Vaccination in the Punjab 1905-1918 - 1905-1918
Year: 1905
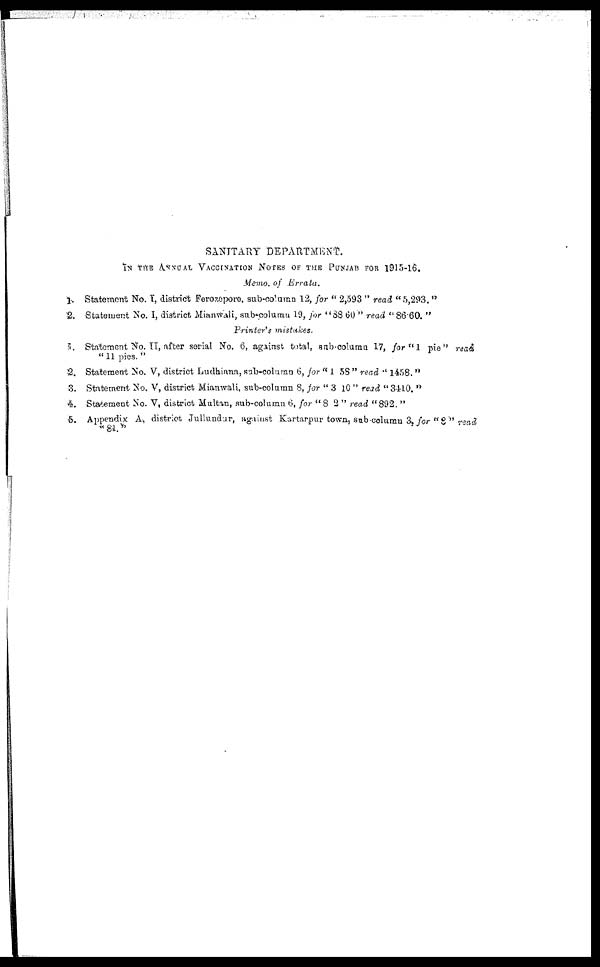
1.
2.
3.
2.
3.
4.
5.
SANITARY DEPARTMENT.
IN THE ANNUAL VACCINATION NOTES OF THE PUNJAB FOR l915-l6.
Memo. of Errata.
Statement No. I, district Ferozepore, sub-column 12, for " 2,593 " read "5,293. "
Statement No. I, district Mianwali, sub-column 19, for "38.60 " read "86.60. "
Printer's
mistakes.
Statement No. II, after serial No. 6, against total, sub-column 17, for "1 pie" read
"11 pies."
Statement No. V, district Ludhiana, sub-column 6, for " 1 58 " read " 1458. "
Statement No. V, district Mianwali, sub-column 8, for " 3 10 " read " 3410. "
Statement No. V, district Multan, sub-column 6, for "8 2 " read "892. "
Appendix A, district Jullundar, against Kartarpur town, sub-columu 3, for "8" read
"84."